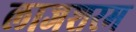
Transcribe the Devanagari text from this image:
लाजशरम